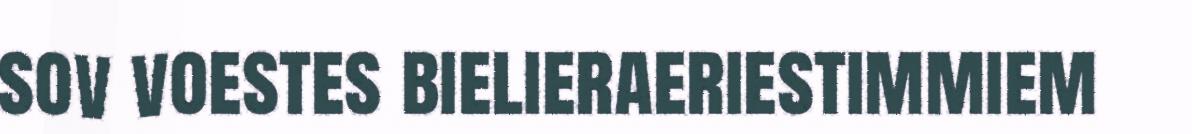
sov voestes bielieraeriestimmiem